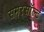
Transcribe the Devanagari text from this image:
समरसॉल्ट